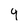
Character: 4